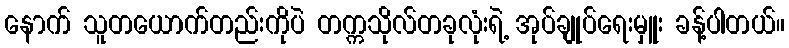
နောက် သူတယောက်တည်းကိုပဲ တက္ကသိုလ်တခုလုံးရဲ့ အုပ်ချုပ်ရေးမှူး ခန့်ပါတယ်။